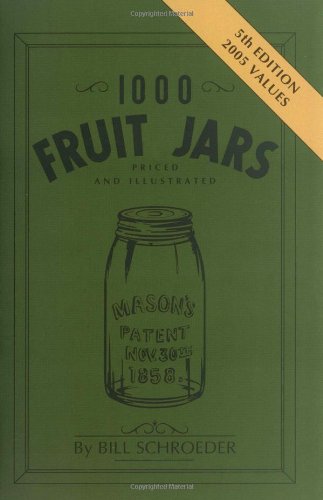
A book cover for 1000 Fruit Jars: Priced and Illustrated; Bill Schroeder; Crafts, Hobbies & Home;